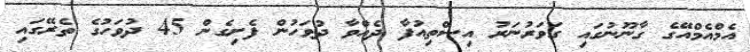
އެމްއެމްއޭގެ ގާނޫނުގައި ގަވަރުނަރު އިސްތިއުފާ ދެއްވާ ދުވަހުން ފެށިގެން 45 ދުވަހުގެ ތެރޭގައި